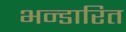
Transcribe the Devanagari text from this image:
भन्‍डारित